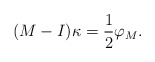
\begin{align*}(M-I)\kappa = \frac{1}{2}\varphi_{M}.\end{align*}